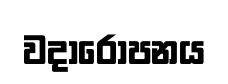
වදාරෝපනය